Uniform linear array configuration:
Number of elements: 48
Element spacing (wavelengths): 1
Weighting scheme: blackman
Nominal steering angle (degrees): -30
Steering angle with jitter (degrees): -30.793
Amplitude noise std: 0.05
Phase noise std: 0.05

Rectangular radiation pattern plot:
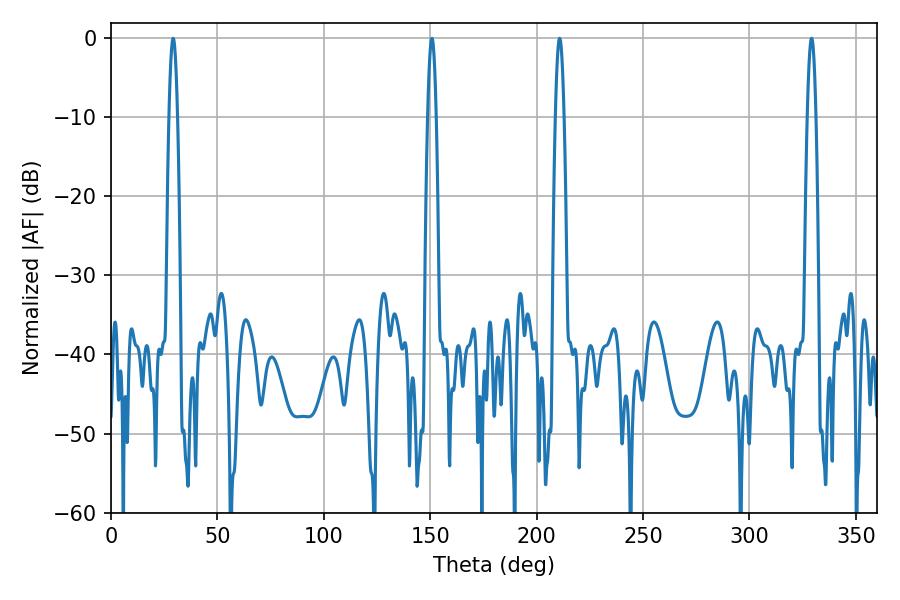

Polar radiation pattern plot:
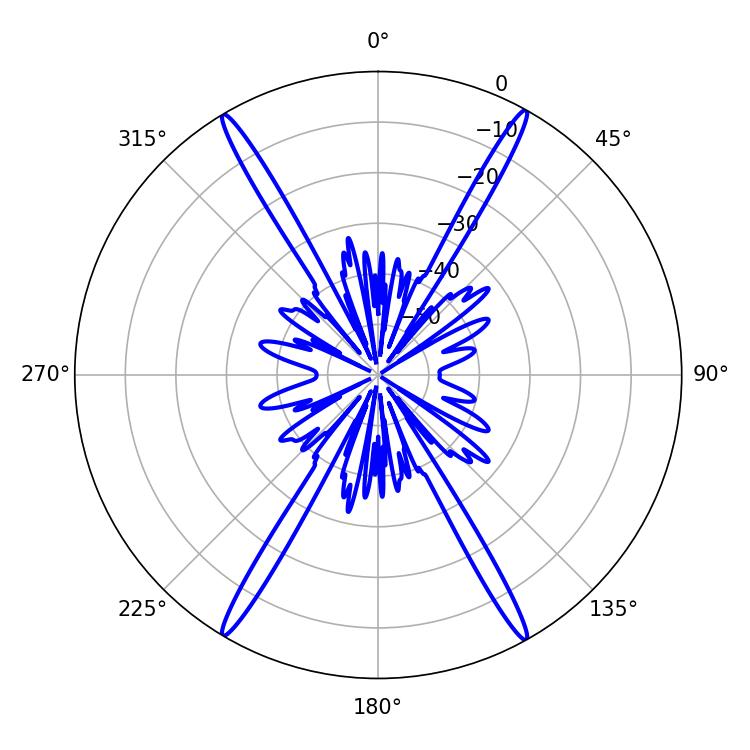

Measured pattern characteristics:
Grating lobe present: TRUE
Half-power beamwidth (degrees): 2.16
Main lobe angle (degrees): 210.78